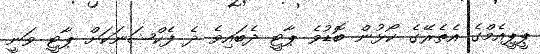
ޕީޕީއެމްގެ އެތެރޭގެ ކޯޅުން ބޮޑުވެ ޕާޓީ ދެބައިވެ ދެ ފެކްޝަނަކަށް ޕާޓީ ވަނީ